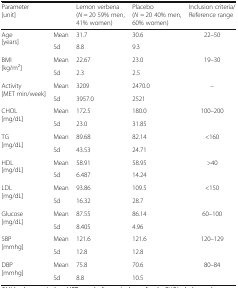
<table><thead><tr><td><b>Parameter[unit]</b></td><td></td><td><b>Lemon verbena(<i>N</i> = 20 59% men, 41% women)</b></td><td><b>Placebo(<i>N</i> = 20 40% men, 60% women)</b></td><td><b>Inclusion criteria/Reference range</b></td></tr></thead><tbody><tr><td rowspan="2">Age[years]</td><td>Mean</td><td>31.7</td><td>30.6</td><td rowspan="2">22–50</td></tr><tr><td>Sd</td><td>8.8</td><td>9.3</td></tr><tr><td rowspan="2">BMI[kg/m<sup>2</sup>]</td><td>Mean</td><td>22.67</td><td>23.0</td><td rowspan="2">19–30</td></tr><tr><td>Sd</td><td>2.3</td><td>2.5</td></tr><tr><td rowspan="2">Activity[MET min/week]</td><td>Mean</td><td>3209</td><td>2470.0</td><td rowspan="2">–</td></tr><tr><td>Sd</td><td>3957.0</td><td>2521</td></tr><tr><td rowspan="2">CHOL[mg/dL]</td><td>Mean</td><td>172.5</td><td>180.0</td><td rowspan="2">100–200</td></tr><tr><td>Sd</td><td>23.0</td><td>31.85</td></tr><tr><td rowspan="2">TG[mg/dL]</td><td>Mean</td><td>89.68</td><td>82.14</td><td rowspan="2">&lt;160</td></tr><tr><td>Sd</td><td>43.53</td><td>24.71</td></tr><tr><td rowspan="2">HDL[mg/dL]</td><td>Mean</td><td>58.91</td><td>58.95</td><td rowspan="2">&gt;40</td></tr><tr><td>Sd</td><td>6.487</td><td>14.24</td></tr><tr><td rowspan="2">LDL[mg/dL]</td><td>Mean</td><td>93.86</td><td>109.5</td><td rowspan="2">&lt;150</td></tr><tr><td>Sd</td><td>16.32</td><td>28.7</td></tr><tr><td rowspan="2">Glucose[mg/dL]</td><td>Mean</td><td>87.55</td><td>86.14</td><td rowspan="2">60–100</td></tr><tr><td>Sd</td><td>8.405</td><td>4.96</td></tr><tr><td rowspan="2">SBP[mmhg]</td><td>Mean</td><td>121.6</td><td>121.6</td><td rowspan="2">120–129</td></tr><tr><td>Sd</td><td>12.8</td><td>12.8</td></tr><tr><td rowspan="2">DBP[mmhg]</td><td>Mean</td><td>75.8</td><td>70.6</td><td rowspan="2">80–84</td></tr><tr><td>Sd</td><td>8.8</td><td>10.5</td></tr></tbody></table>